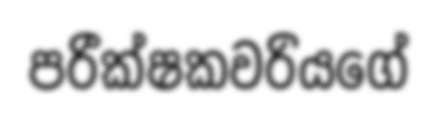
පරීක්ෂකවරියගේ